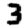
Digit: 3